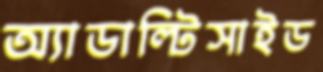
অ্যাডাল্টিসাইড